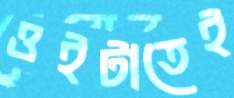
ওইটাতেই